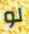
لو